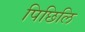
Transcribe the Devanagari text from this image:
पिछिलि